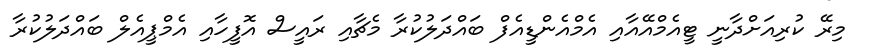
މިރޭ ކުރިއަށްދާނީ ޓީއެމްއޭއާއި އެމްއެންޑީއެފް ބައްދަލުކުރާ މެޗާއި ރައީސް އޮފީހާއި އެމްޕީއެލް ބައްދަލުކުރާ